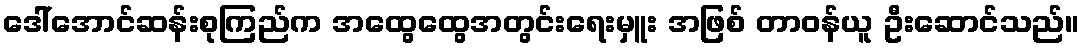
ဒေါ်အောင်ဆန်းစုကြည်က အထွေထွေအတွင်းရေးမှူး အဖြစ် တာဝန်ယူ ဦးဆောင်သည်။